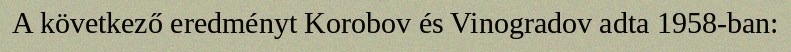
A következő eredményt Korobov és Vinogradov adta 1958-ban: